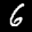
Label: 6